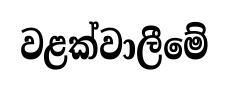
වළක්වාලීමේ